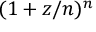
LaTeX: ( 1 + z / n ) ^ { n }